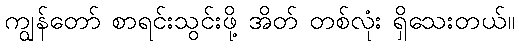
ကျွန်တော် စာရင်းသွင်းဖို့ အိတ် တစ်လုံး ရှိသေးတယ်။